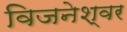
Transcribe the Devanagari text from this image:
विजनेश्वर